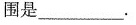
围是___.